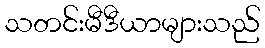
သတင်းမီဒီယာများသည်